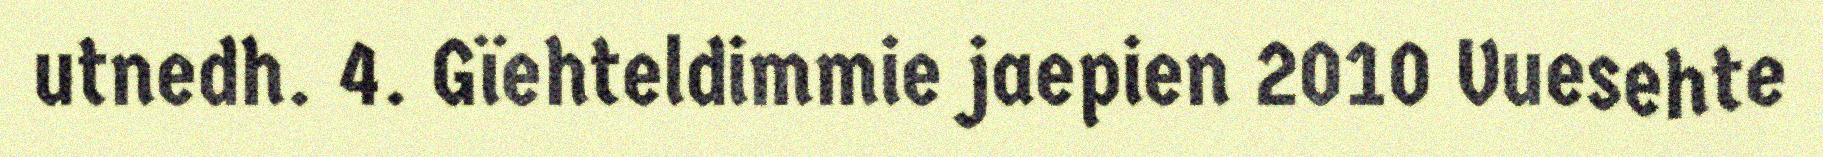
utnedh. 4. Gïehteldimmie jaepien 2010 Vuesehte